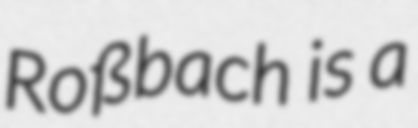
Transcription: Roßbach is a